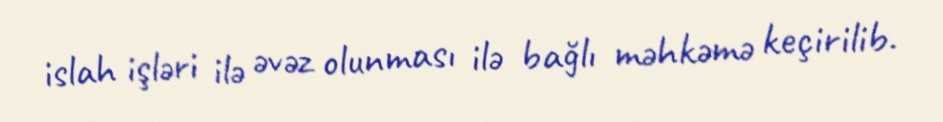
islah işləri ilə əvəz olunması ilə bağlı məhkəmə keçirilib.